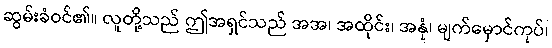
ဆွမ်းခံဝင်၏။ လူတို့သည် ဤအရှင်သည် အအ၊ အထိုင်း၊ အနုံ၊ မျက်မှောင်ကုပ်၊